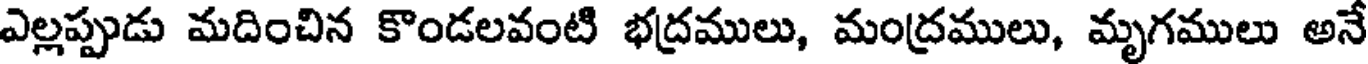
ఎల్లప్పుడు మదించిన కొండలవంటి భద్రములు, మంద్రములు, మృగములు అనే